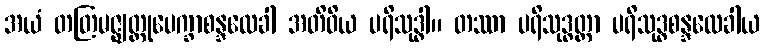
အယံ တတြမဇ္ဈတ္တုပေက္ခာစန္ဒလေခါ အတိဝိယ ပရိသုဒ္ဓါ။ တဿာ ပရိသုဒ္ဓတ္တာ ပရိသုဒ္ဓစန္ဒလေခါယ